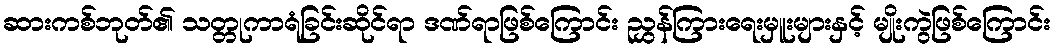
ဆားကစ်ဘုတ်၏ သတ္တုကာရံခြင်းဆိုင်ရာ ဒဏ်ရာဖြစ်ကြောင်း ညွှန်ကြားရေးမှူးများနှင့် မျိုးကွဲဖြစ်ကြောင်း